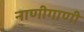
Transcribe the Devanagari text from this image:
नाणीगाणी